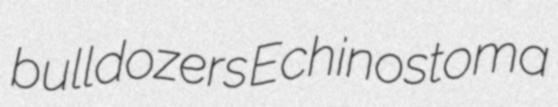
bulldozers Echinostoma